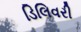
ડિલિવરી